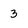
Character: 3